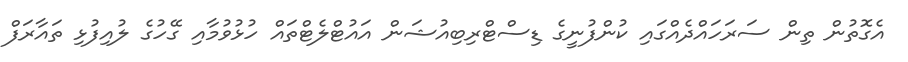
އެގޮތުން ތިން ސަރަހައްދެއްގައި ކުންފުނީގެ ޑިސްޓްރިބިއުޝަން އައުޓްލެޓްތައް ހުޅުވުމާއި ގޭހުގެ ލުއިފުޅި ތައާރަފް